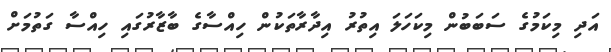
އަދި މިކަމުގެ ސަބަބުން މިކަހަލަ އިތުރު އިދާރާތަކުން ހިއްސާގެ ބާޒާރުގައި ހިއްސާ ގަތުމަށް